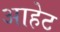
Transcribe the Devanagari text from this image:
आहेट